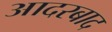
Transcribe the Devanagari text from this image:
आदरबाद